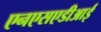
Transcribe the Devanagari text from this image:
एनएसएडीआई